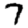
Digit: 7